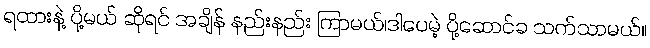
ရထားနဲ့ ပို့မယ် ဆိုရင် အချိန် နည်းနည်း ကြာမယ်၊ဒါပေမဲ့ ပို့ဆောင်ခ သက်သာမယ်။